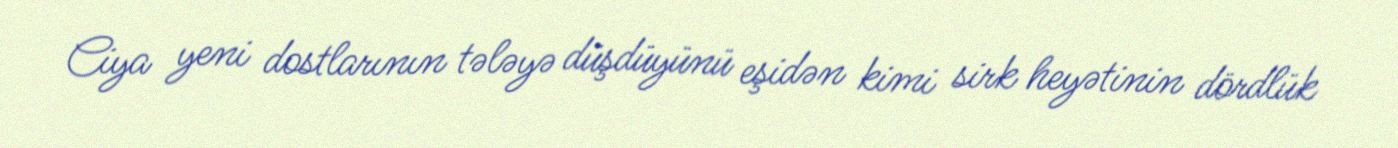
Ciya yeni dostlarının tələyə düşdüyünü eşidən kimi sirk heyətinin dördlük